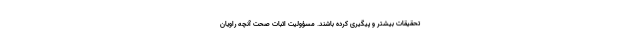
تحقیقات بیشتر و پیگیری کرده باشند. مسؤولیت اثبات صحت آنچه راویان